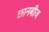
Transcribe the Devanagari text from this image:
छानबीज